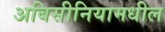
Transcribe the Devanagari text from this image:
अबिसीनियामधील